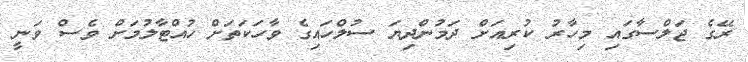
ރޭގެ ޖަލްސާގައި މިހާރު ކުރިއަށް ދަމުންދިޔަ ސުލްހައިގެ ވާހަކަތަށް ހުއްޓާލުމަށް ވެސް ވަނީ